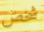
شخص